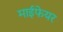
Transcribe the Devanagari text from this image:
माईफेयर